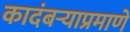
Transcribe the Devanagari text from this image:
कादंबऱ्याप्रमाणे